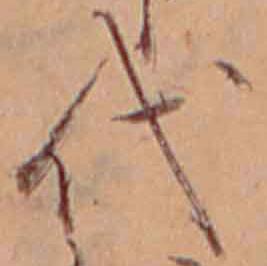
代